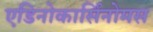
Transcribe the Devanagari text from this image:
एडिनोकार्सिनोमस